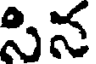
సిన